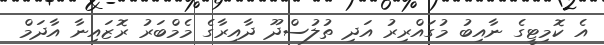
އެ ކޮމިޓީގެ ނާއިބު މުގައްރިރު އަދި ތުލުސްދޫ ދާއިރާގެ މެމްބަރު ރޮޒައިނާ އާދަމް